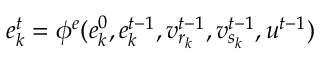
e _ { k } ^ { t } = \phi ^ { e } ( e _ { k } ^ { 0 } , e _ { k } ^ { t - 1 } , v _ { r _ { k } } ^ { t - 1 } , v _ { s _ { k } } ^ { t - 1 } , u ^ { t - 1 } )